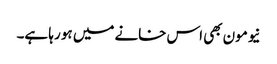
نیومون بھی اس خانے میں ہو رہا ہے۔